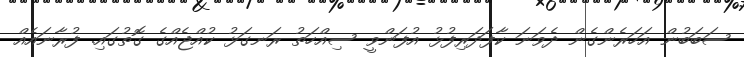
ސަބަބުން އަހަރެންގެން ދެވަނަ ކާފަދަރިފުޅު އުފަންވީ ސިއްހަތު ރަނގަޅު ކުއްޖެއްގެ ގޮތުގައި. ފުރާނައެއް